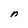
Character: n